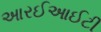
આરઈઆઈટી